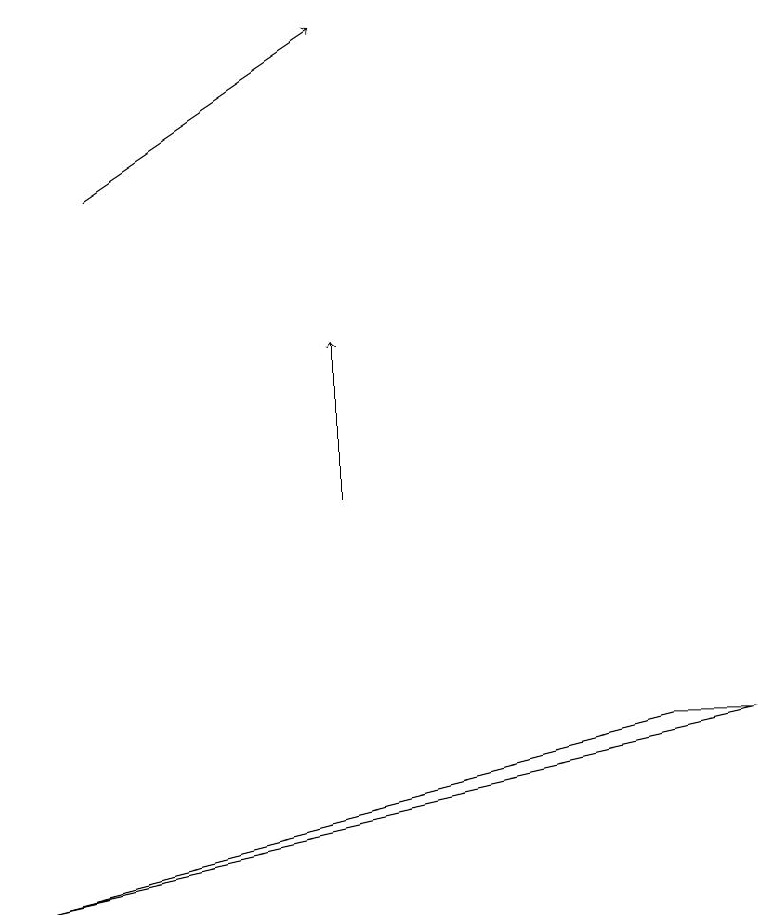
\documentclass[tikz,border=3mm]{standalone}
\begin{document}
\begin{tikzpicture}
\draw[->] (4,11) -- (4,13);
\draw[->] (1,15) -- (4,17);
\draw (8,8) -- (0,6) -- (9,8) -- cycle;
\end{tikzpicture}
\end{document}